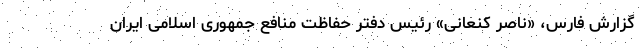
گزارش فارس، «ناصر کنعانی» رئیس دفتر حفاظت منافع جمهوری اسلامی ایران